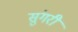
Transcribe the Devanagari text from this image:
सुंगरी